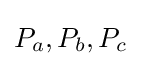
P_{a},P_{b},P_{c}